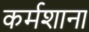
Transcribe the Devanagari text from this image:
कर्मशाना